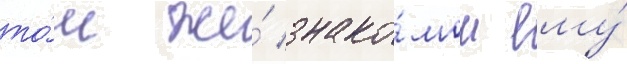
то́м же́ знако́мом ему́